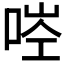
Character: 𠳥